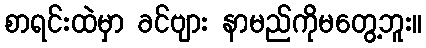
စာရင်းထဲမှာ ခင်ဗျား နာမည်ကိုမတွေ့ဘူး။